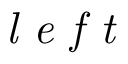
\textit { l e f t }